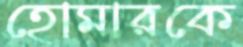
হোমারকে